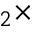
_ { 2 } \times